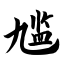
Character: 尴